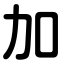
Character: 加